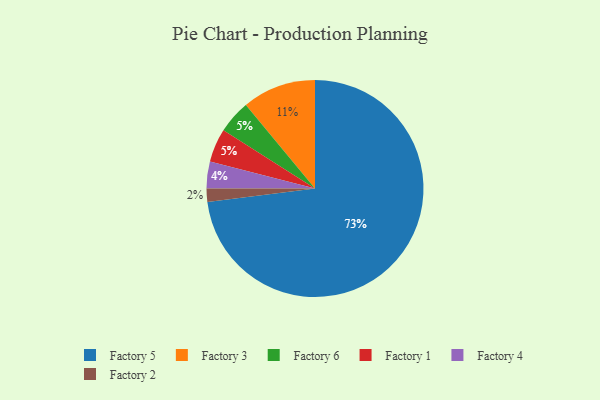
{"axis": {"x": "Category", "y": "Percentage"}, "legend": ["Factory 1", "Factory 2", "Factory 3", "Factory 4", "Factory 5", "Factory 6"], "data": [{"x": "Factory 5", "y": 73, "type": "Factory 5"}, {"x": "Factory 2", "y": 2, "type": "Factory 2"}, {"x": "Factory 6", "y": 5, "type": "Factory 6"}, {"x": "Factory 4", "y": 4, "type": "Factory 4"}, {"x": "Factory 3", "y": 11, "type": "Factory 3"}, {"x": "Factory 1", "y": 5, "type": "Factory 1"}]}